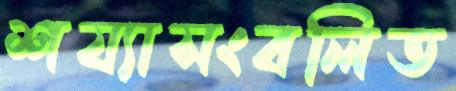
শয্যাসংবলিত